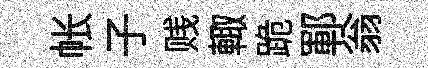
帐子贱輙跪鄆翁